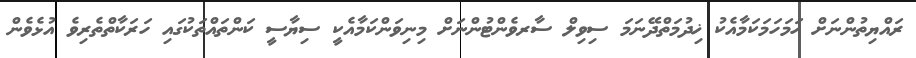
ރައްޔިތުންނަށް ހަމަހަމަކަމާއެކު ޚިދުމަތްދޭނަމަ ސިވިލް ސާރވެންޓުންނަށް މިނިވަންކަމާއެކީ ސިޔާސީ ކަންތައްތަކުގައި ހަރަކާތްތެރިވެ އުޅެވެން